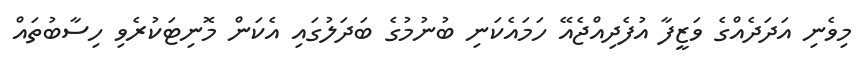
މިވެނި އަދަދެއްގެ ވަޒީފާ އުފެދިއްޖެއޭ ހަމައެކަނި ބުނުމުގެ ބަދަލުގައި އެކަން މޮނިޓަކުރެވި ހިސާބުތައް